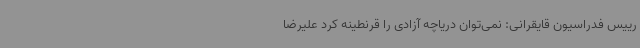
رییس فدراسیون قایقرانی: نمی‌توان دریاچه آزادی را قرنطینه کرد علیرضا